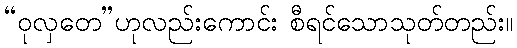
“ဝုလှတေ”ဟုလည်းကောင်း စီရင်သောသုတ်တည်း။